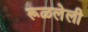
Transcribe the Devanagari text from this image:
रूळलेली